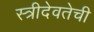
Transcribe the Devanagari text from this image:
स्त्रीदेवतेची